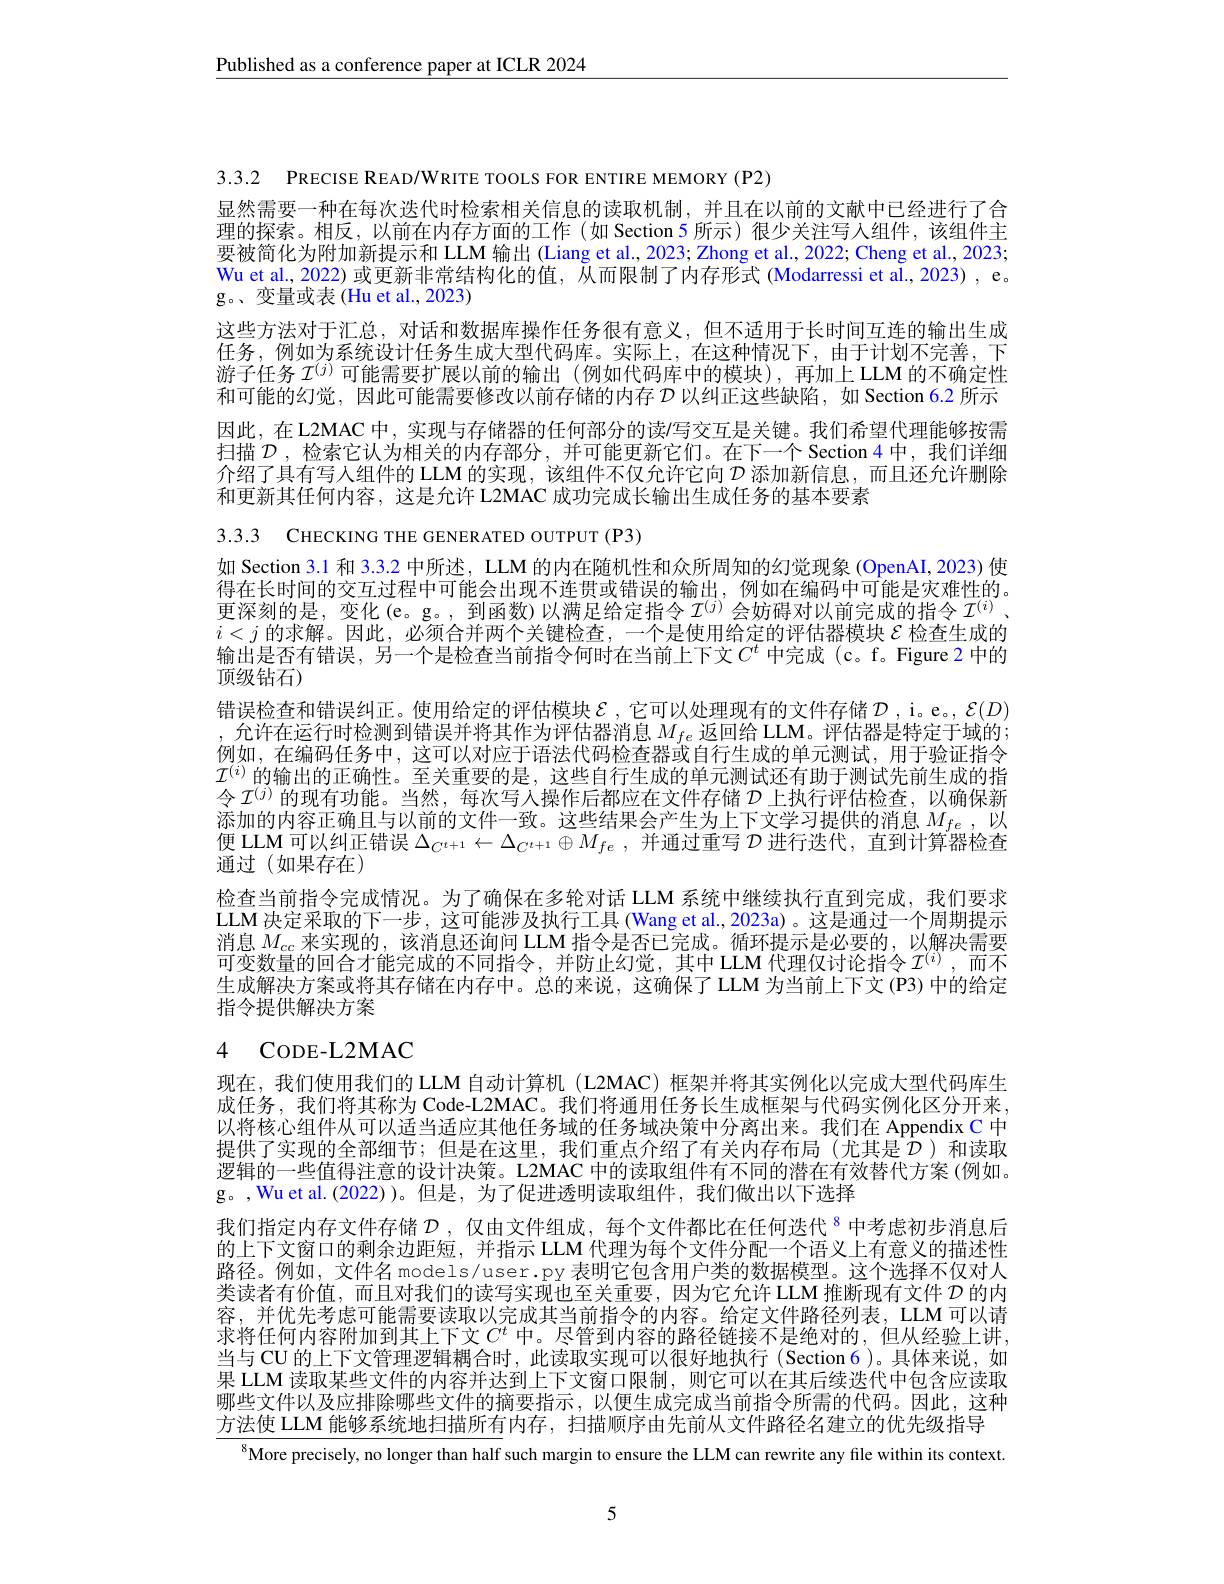
Published as a conference paper at ICLR 2024

3.3.2 PRECISE READ/WRITE TOOLS FOR ENTIRE MEMORY(P2)

显然需要一种在每次迭代时检索相关信息的读取机制，并且在以前的文献中已经进行了合理的探索。相反，以前在内存方面的工作(如 Section 5 所示)很少关注写人组件，该组件主要被简化为附加新提示和 LLM 输出 (Liang et al., 2023; Zhong et al., 2022; Cheng et al., 2023; Wu et al., 2022) 或更新非常结构化的值，从而限制了内存形式 (Modarressi et al., 2023) , e。g。、变量或表(Hu et al.,2023)
这些方法对于汇总，对话和数据库操作任务很有意义，但不适用于长时间互连的输出生成任务，例如为系统设计任务生成大型代码库。实际上，在这种情况下，由于计划不完善，下游子任务$\mathcal{I}^{(j)}$可能需要扩展以前的输出(例如代码库中的模块),再加上 LLM 的不确定性和可能的幻觉，因此可能需要修改以前存储的内存$\mathcal{D}$以纠正这些缺陷，如 Section 6.2 所示因此，在L2MAC 中，实现与存储器的任何部分的读$\prime$写交互是关键。我们希望代理能够按需扫描$\mathcal{D}$ ,检索它认为相关的内存部分，并可能更新它们。在下一个 Section 4 中，我们详细介绍了具有写人组件的 LLM 的实现，该组件不仅允许它向$\mathcal{D}$添加新信息，而且还允许删除和更新其任何内容，这是允许 L2MAC 成功完成长输出生成任务的基本要素

输出是否有错误，另一个是检查当前指令何时在当前上下文$C^t$ 中完成 (c。f。Figure 2 中的
顶级钻石)

3.3.3 CHECKING THE GENER ATED OUTPUT (P3)
如 Section 3.1 和 3.3.2 中所述，LLM 的内在随机性和众所周知的幻觉现象 (OpenAI, 2023) 使得在长时间的交互过程中可能会出现不连贯或错误的输出，例如在编码中可能是灾难性的。更深刻的是，变化(e。g。, 到函数)以满足给定指令$\mathcal{I}^(j)$会妨碍对以前完成的指令$\mathcal{I}^(i)$ 、 $i<j$的求解。因此，必须合并两个关键检查，一个是使用给定的评估器模块$\varepsilon$检查生成的错误检查和错误纠正。使用给定的评估模块$\mathcal{E}$ ,它可以处理现有的文件存储$\mathcal{D}$,i。e。$\mathcal{E}(D)$ ,允许在运行时检测到错误并将其作为评估器消息$M_{fe}$返回给 LLM。评估器是特定于域的； 例如，在编码任务中，这可以对应于语法代码检查器或自行生成的单元测试，用于验证指令$\mathcal{I}^{(i)}$的输出的正确性。至关重要的是，这些自行生成的单元测试还有助于测试先前生成的指令$\mathcal{I}^{(j)}$的现有功能。当然，每次写人操作后都应在文件存储$\mathcal{D}$上执行评估检查，以确保新添加的内容正确且与以前的文件一致。这些结果会产生为上下文学习提供的消息$M_{fe}$,以便 LLM 可以纠正错误$\Delta_{C^{t+1}}\leftarrow\Delta_{C^{t+1}}\oplus M_{fe}$ ,并通过重写$\mathcal{D}$进行迭代 ,直到计算器检查通过(如果存在)
检查当前指令完成情况。为了确保在多轮对话 LLM 系统中继续执行直到完成，我们要求LLM 决定采取的下一步 ,这可能涉及执行工具(Wang et al., 2023a)。这是通过一个周期提示消息$M_{cc}$来实现的，该消息还询问 LLM 指令是否已完成。循环提示是必要的，以解决需要可变数量的回合才能完成的不同指令，并防止幻觉，其中 LLM 代理仅讨论指令$\mathcal{I}^{(i)}$ ,而不生成解决方案或将其存储在内存中。总的来说，这确保了 LLM 为当前上下文 (P3) 中的给定指令提供解决方案

# 4 CODE- L2MAC

现在，我们使用我们的 LLM 自动计算机 (L2MAC) 框架并将其实例化以完成大型代码库生成任务，我们将其称为 Code-L2MAC。我们将通用任务长生成框架与代码实例化区分开来， 以将核心组件从可以适当适应其他任务域的任务域决策中分离出来。我们在 Appendix C 中提供了实现的全部细节；但是在这里，我们重点介绍了有关内存布局(尤其是$\mathcal{D}$)和读取逻辑的一些值得注意的设计决策。L2MAC 中的读取组件有不同的潜在有效替代方案 (例如。g。,Wu et al.(2022))。但是，为了促进透明读取组件，我们做出以下选择
我们指定内存文件存储$\mathcal{D}$ ,仅由文件组成，每个文件都比在任何迭代$^{8}$中考虑初步消息后的上下文窗口的剩余边距短，并指示 LLM 代理为每个文件分配一个语义上有意义的描述性路径。例如，文件名 models/user.py 表明它包含用户类的数据模型。这个选择不仅对人类读者有价值，而且对我们的读写实现也至关重要，因为它允许 LLM 推断现有文件$\mathcal{D}$的内容，并优先考虑可能需要读取以完成其当前指令的内容。给定文件路径列表，LLM 可以请求将任何内容附加到其上下文$C^t$ 中。尽管到内容的路径链接不是绝对的，但从经验上讲， 当与CU 的上下文管理逻辑耦合时，此读取实现可以很好地执行(Section6)。具体来说，如果 LLM 读取某些文件的内容并达到上下文窗口限制，则它可以在其后续迭代中包含应读取哪些文件以及应排除哪些文件的摘要指示，以便生成完成当前指令所需的代码。因此，这种方法使 LLM 能够系统地扫描所有内存，扫描顺序由先前从文件路径名建立的优先级指导

$^{8}$More precisely, no longer than half such margin to ensure the LLM can rewrite any file within its context.

5